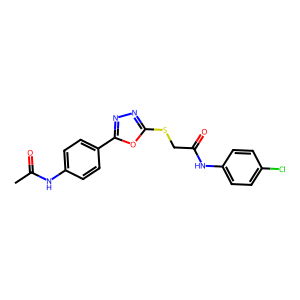
SMILES: CC(=O)Nc1ccc(-c2nnc(SCC(=O)Nc3ccc(Cl)cc3)o2)cc1
Inhibits HIV replication: No